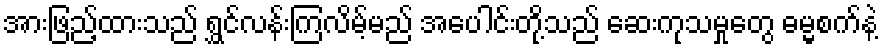
အားဖြည့်ထားသည် ရွှင်လန်းကြလိမ့်မည် အပေါင်းတို့သည် ဆေးကုသမှုတွေ ဓမ္မစက်နဲ့